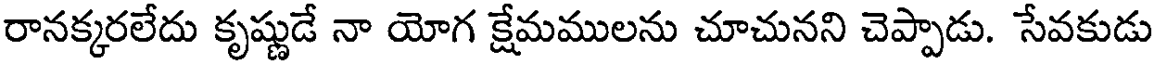
రానక్కరలేదు కృష్ణుడే నా యోగ క్షేమములను చూచునని చెప్పాడు. సేవకుడు